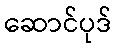
ဆောင်ပုဒ်